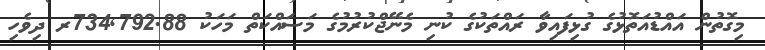
މިގޮތުން އައްޑުއަތޮޅުގެ ގުޅިފައިވާ ރައްތަކުގެ ކުނި މެނޭޖްކުރުމުގެ މަސައްކަތް މަހަކު 734